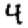
Digit: 4